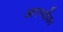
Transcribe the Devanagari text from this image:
आरण्यौंका